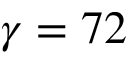
\gamma = 7 2